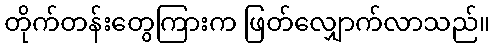
တိုက်တန်းတွေကြားက ဖြတ်လျှောက်လာသည်။